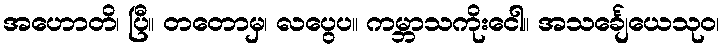
အဟောတိ၊ ပြီ။ တတောမှ၊ လပွေပ။ ကမ္ဘာသကိုးငေါ။ အသင်္ချေယေသုဝ၊